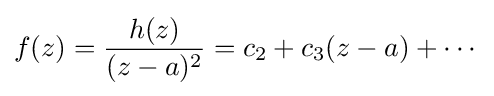
f(z)={\frac {h(z)}{(z-a)^{2}}}=c_{2}+c_{3}(z-a)+\cdots